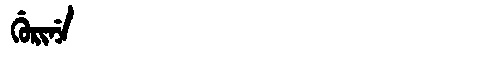
Manchu: ᡤᡠᡵᡳᠨᡝ
Romanization: GURINE